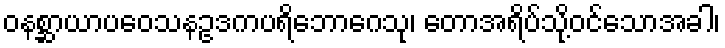
ဝနစ္ဆာယာပဝေသနဥဒကပရိဘောဂေသု၊ တောအရိပ်သို့ဝင်သောအခါ၊